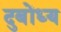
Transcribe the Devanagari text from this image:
दुबोंध्य